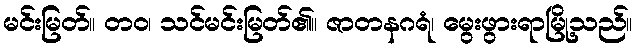
မင်းမြတ်။ တဝ၊ သင်မင်းမြတ်၏။ ဇာတနဂရံ၊ မွေးဖွားရာမြို့သည်။